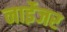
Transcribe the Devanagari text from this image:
नाईेजर